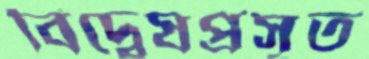
বিদ্বেষপ্রসূত